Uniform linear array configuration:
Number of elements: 24
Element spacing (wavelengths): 1
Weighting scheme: uniform
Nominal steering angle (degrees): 0
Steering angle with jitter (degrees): -0.8685
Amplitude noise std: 0.05
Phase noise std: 0.05

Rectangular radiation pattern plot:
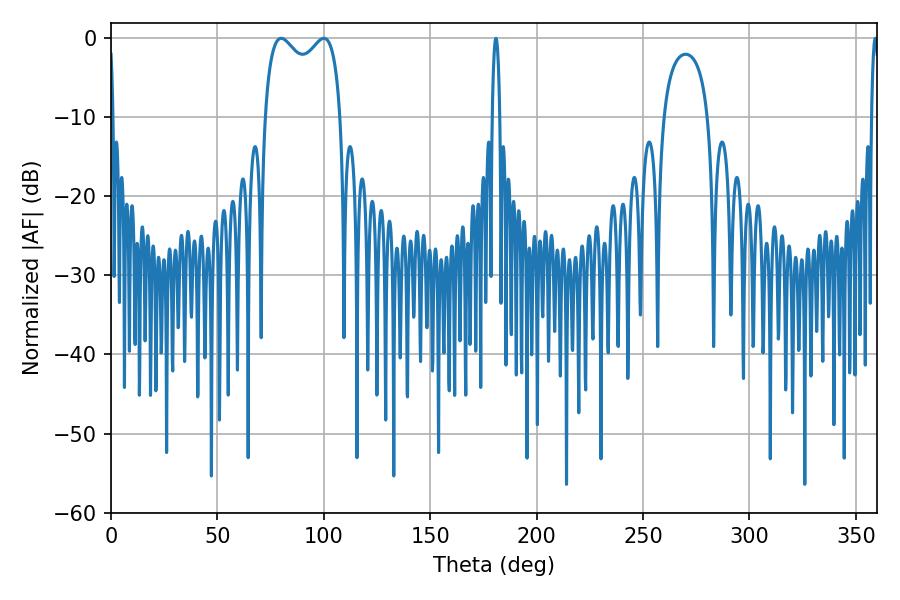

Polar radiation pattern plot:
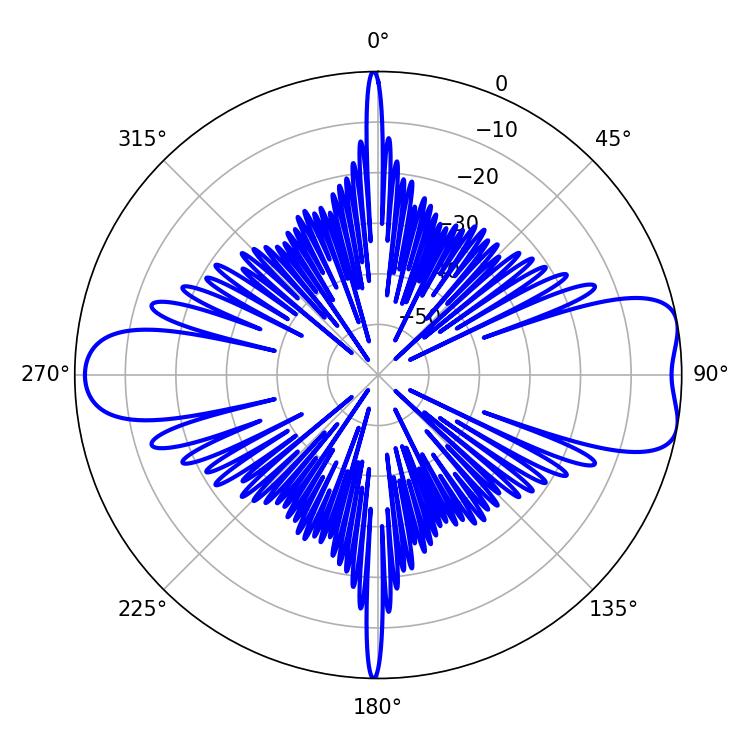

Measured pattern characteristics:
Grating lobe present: TRUE
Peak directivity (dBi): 8.499
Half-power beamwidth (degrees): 29.88
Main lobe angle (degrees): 79.92